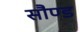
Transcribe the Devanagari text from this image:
सौण्ड